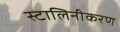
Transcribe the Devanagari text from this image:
स्टालिनीकरण